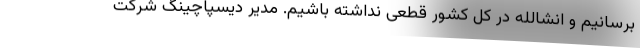
برسانیم و انشالله در کل کشور قطعی نداشته باشیم. مدیر دیسپاچینگ شرکت